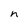
Character: n